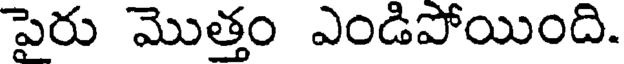
పెరు మొత్తం ఎండిపోయింది.